Indian journal of veterinary science and animal husbandry - Volume 9,
Year: 1939
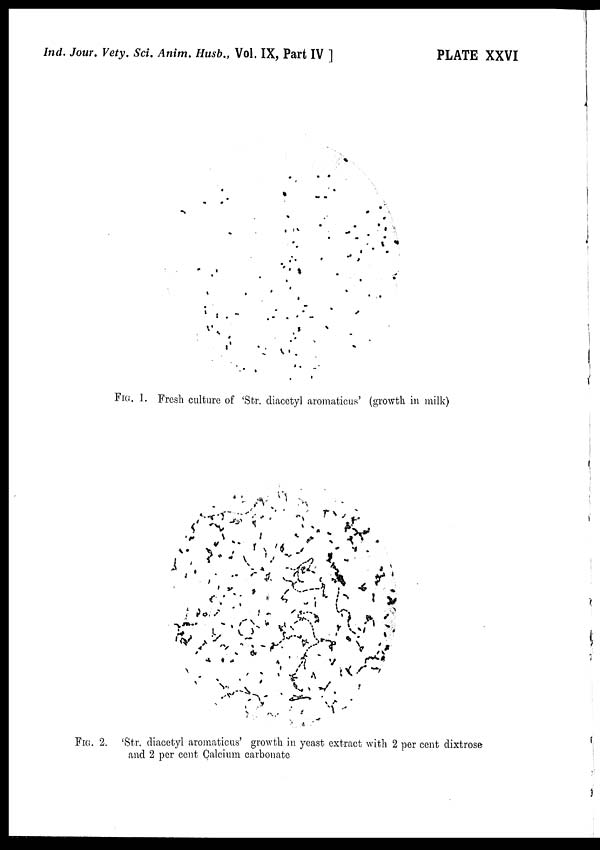
Ind. Jour. Vety. Sci. Anim. Husb., Vol. IX, Part IV ]
PLATE XXVI
FIG. 1. Fresh culture of 'Str. diacetyl aromaticus' (growth in milk)
FIG. 2. 'Str. diacetyl aromaticus' growth in yeast extract with 2 per cent dixtrose-
and 2 per cent Calcium carbonate